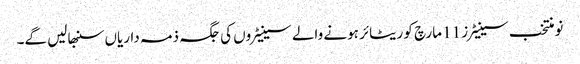
نومنتخب سینیٹرز 11 مارچ کو ریٹائر ہونے والے سینیٹروں کی جگہ ذمہ داریاں سنبھالیں گے۔